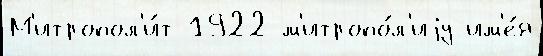
М'итропол'и́т 1922 м'итропо́л'иjу им'е́я